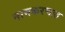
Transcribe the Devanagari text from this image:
नामकरणात